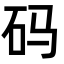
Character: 码